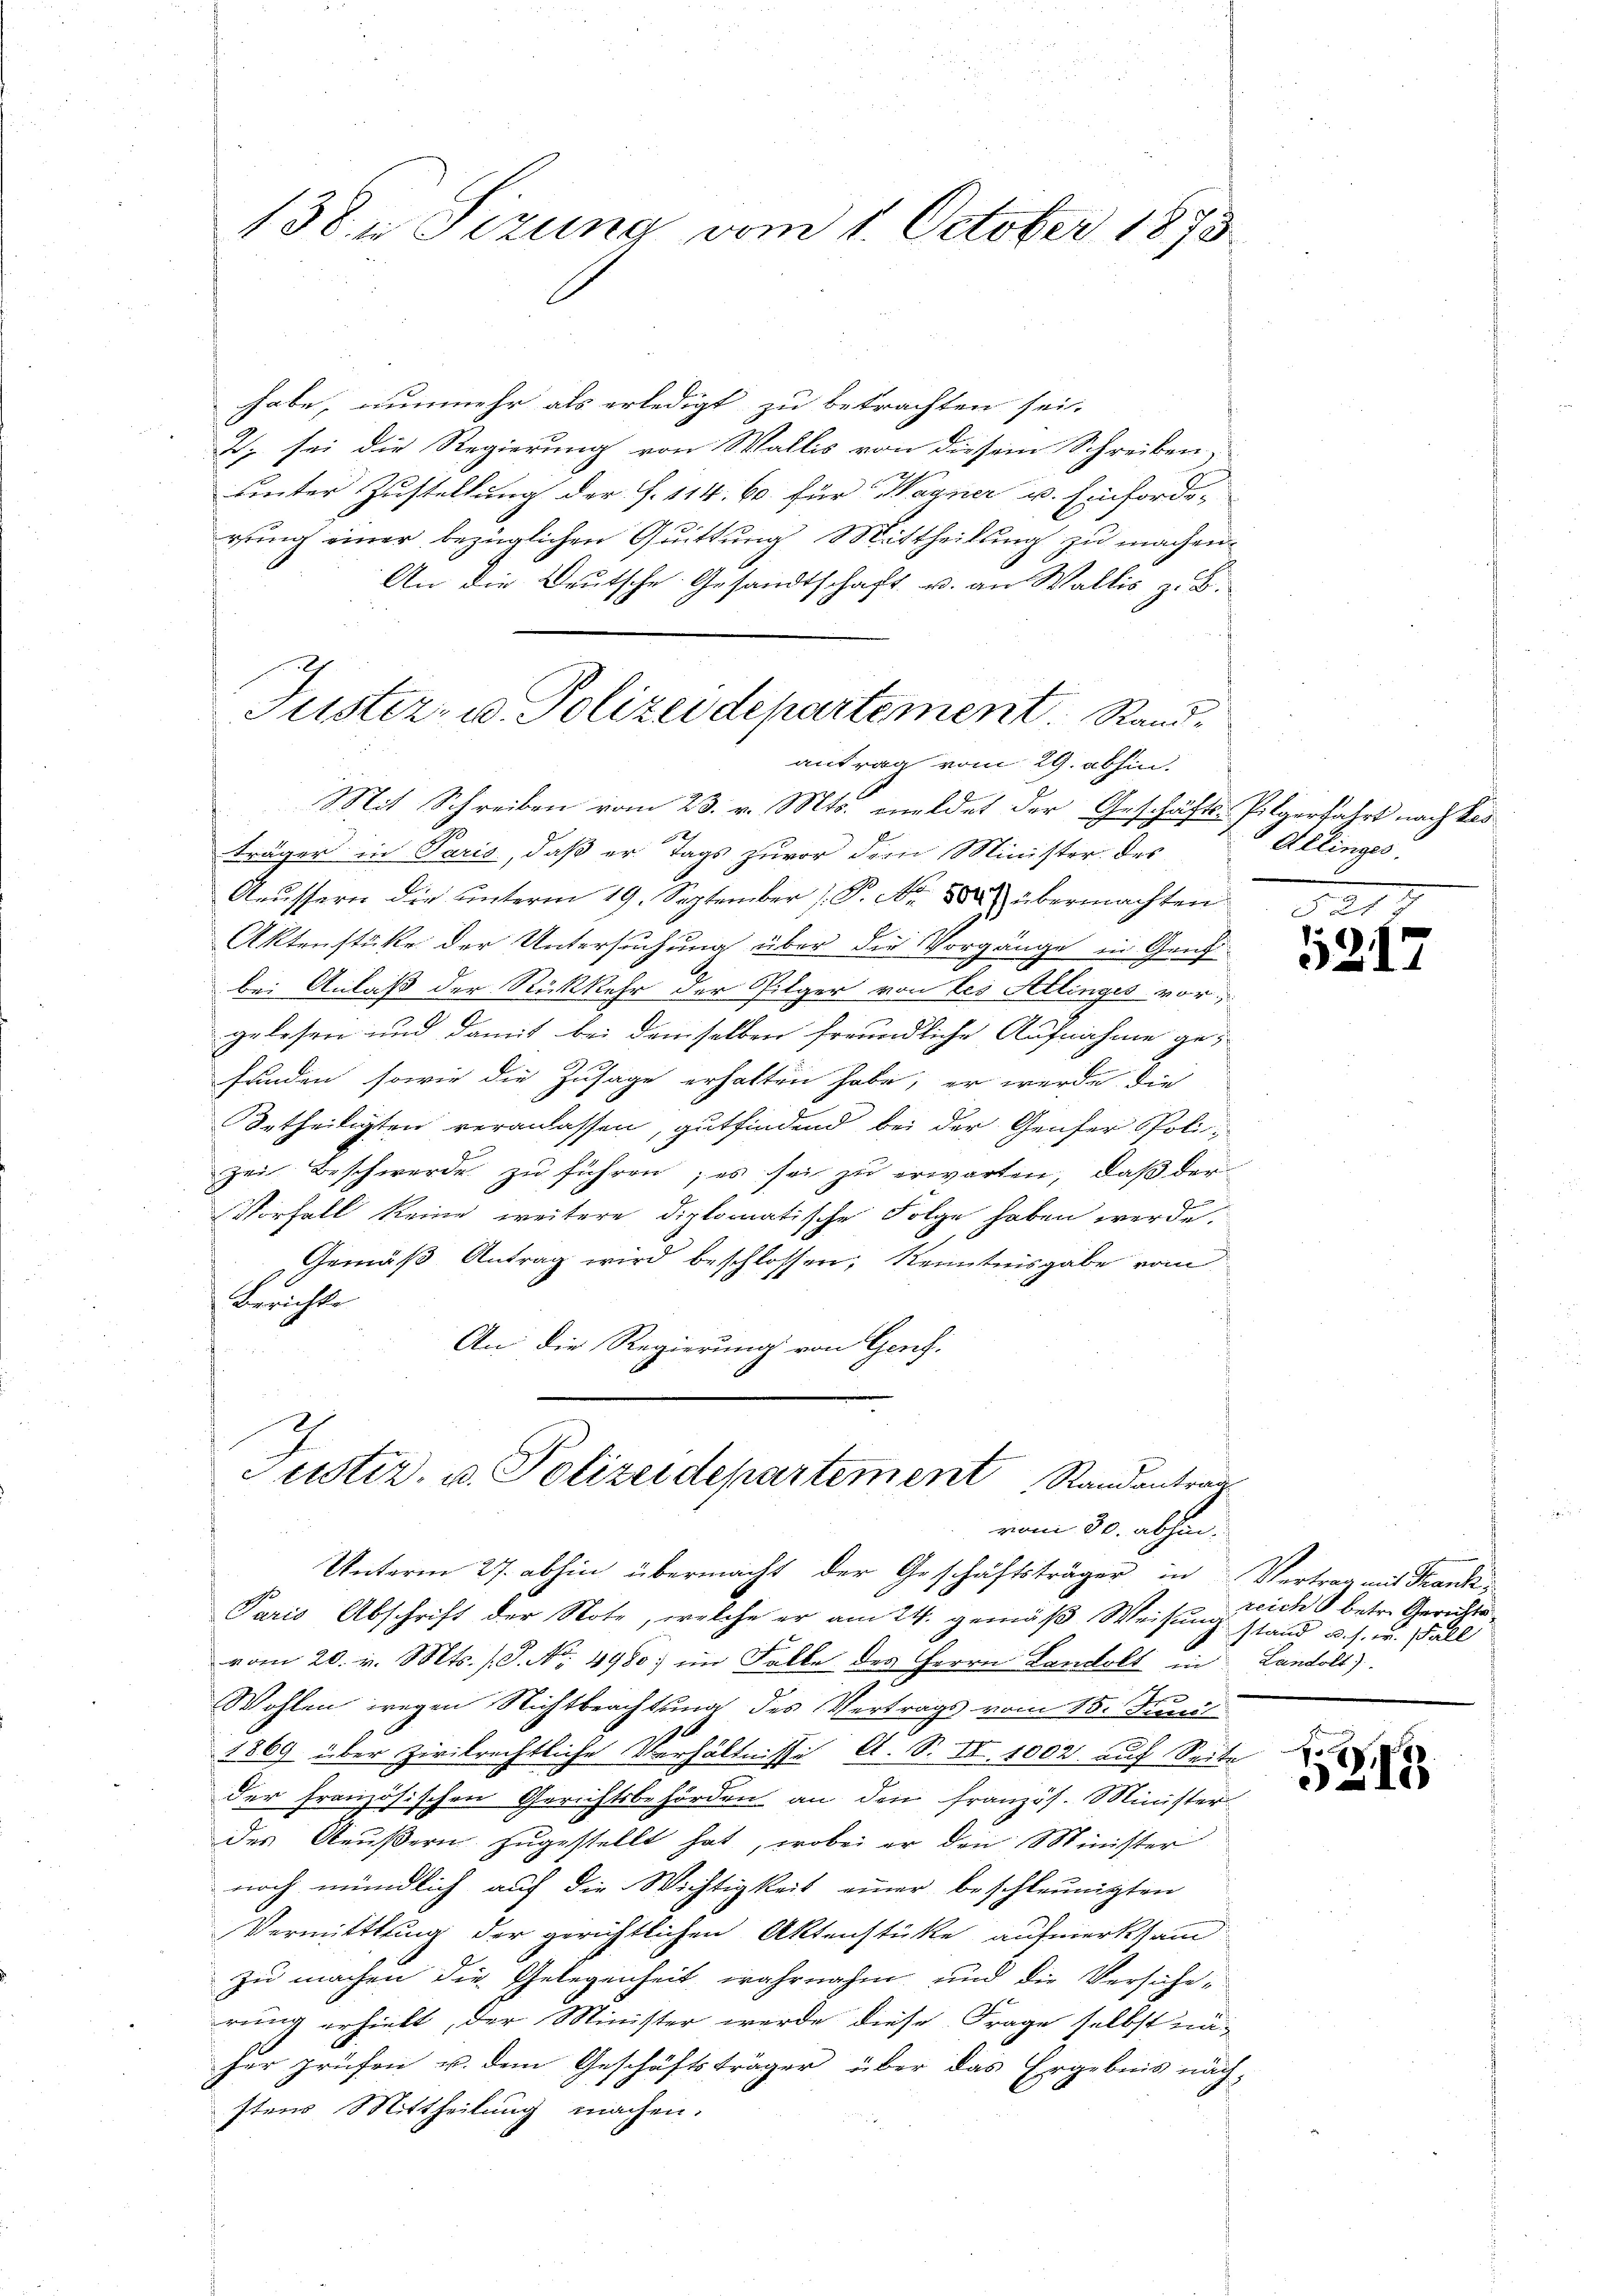
138. Sizung vom 1. October 1873.

habe, nunmehr als erledigt zu betrachten sei.
J. sei die Regierung von Wallis von diesem Schreiben,
uinter Zustellung der J. 114. 60 für Wagner u. Einforde-
rung einer bezüglichen Quittung Mittheilung zu machen.
An die Deutsche Gesandtschaft u. an Wallis z. B.
Mit Schreiben vom 23. v. Mts. meldet der Geschäfts-Pilgerfahrt nach Bes
träger in Paris, daß er Tags zuvor die Minister des
Aeussern die unterm 19. September (P. Nr. 882 übermachten
Aktenstätte der Untersuchung über die Vorgänge in Gentibei Anlaß der Rückkehr der Pilger von des Allinges vor
gelesen und damit bei demselben freundliche Aufnahme gefunden, sowie die Zusage erhalten habe, er werde die
Urtheiligten veranlassen, gutfindend bei der Genfer Polizei Beschwerde zu führen; es sei zu erwarten, daß der
Vorfall keine weitere diplomatische Folge haben werde.
Gemäβ Antrag wird beschlossen, Kenntnisgabe vom
Berichte
An die Regierung von Genf.

Tuster- u. Polizeidepartement. Randantrag vom 29. abhin.

Unterm 27. abhin übermacht der Geschäftsträger in Vertrag mit Frank¬
Paris Abschrift der Note, welche er am 24. gemäß Weisung stand u. s. w. Fall
vom 20. v. Mts. (T. No. 4980) im Falle des Herrn Landolt in Landolt)
e
Wohlen wegen Nichtbeachtsma des Vertrags vom 15. Juni
1869 über Zivilrechtliche Verhältnisse A. S. II. 1002 auf Seite
der französischen Gerichtsbehörden an den französ. Minister-
des Aeußern zugestellt hat, wobei er den Minister
noch mündlich auf die Wichtigkeit einer beschleunigten
Vermittlung der gerichtlichen Aktenstücke aufmerksam
zu machen die Gelegenheit wahrnahm und die Verführrung erhielt, der Minister werde diese Frage selbst näzer prüfen u. dem Geschäftsträger über das Ergebnis näch-
stens Mittheilung machen.

Justiz- u. Polizeidepartement Randantrag
vom 30. abhin.

Allinges.

8218
5217

reich betr. Gerichts

s
S
218